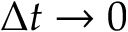
\Delta t \to 0